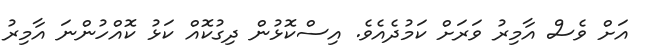
އަށް ވެސް އާމިރު ވަރަށް ކަމުދެއެވެ. އިސްކޮޅުން ދިގުކޮއް ކަޅު ކޮއްހުންނަ އާމިރު